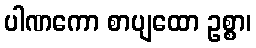
ပါဏကော စာပျထော ဥစ္စာ၊